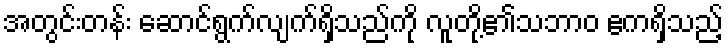
အတွင်းတန်း ဆောင်ရွက်လျက်ရှိသည်ကို လူတို့၏သဘာဝ ဧကရှိသည့်